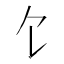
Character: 饣